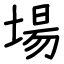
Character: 場